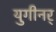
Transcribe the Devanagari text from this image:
युगीनर्